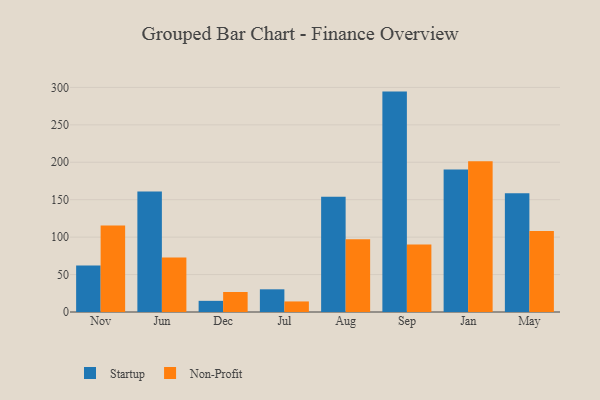
{"axis": {"x": "Month", "y": "Tickets Resolved"}, "legend": ["Non-Profit", "Startup"], "data": [{"x": "Nov", "y": 62.0, "type": "Startup"}, {"x": "Nov", "y": 115.4, "type": "Non-Profit"}, {"x": "Jun", "y": 161.0, "type": "Startup"}, {"x": "Jun", "y": 72.8, "type": "Non-Profit"}, {"x": "Dec", "y": 14.9, "type": "Startup"}, {"x": "Dec", "y": 26.7, "type": "Non-Profit"}, {"x": "Jul", "y": 30.3, "type": "Startup"}, {"x": "Jul", "y": 14.1, "type": "Non-Profit"}, {"x": "Aug", "y": 154.0, "type": "Startup"}, {"x": "Aug", "y": 97.3, "type": "Non-Profit"}, {"x": "Sep", "y": 294.4, "type": "Startup"}, {"x": "Sep", "y": 90.0, "type": "Non-Profit"}, {"x": "Jan", "y": 190.2, "type": "Startup"}, {"x": "Jan", "y": 201.3, "type": "Non-Profit"}, {"x": "May", "y": 158.6, "type": "Startup"}, {"x": "May", "y": 108.3, "type": "Non-Profit"}]}